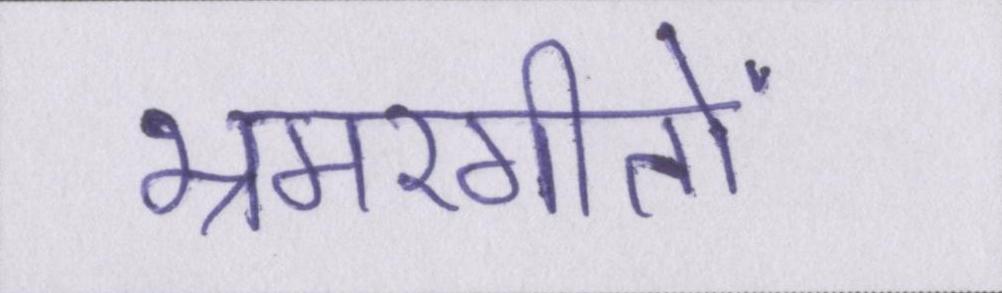
भ्रमरगीतों